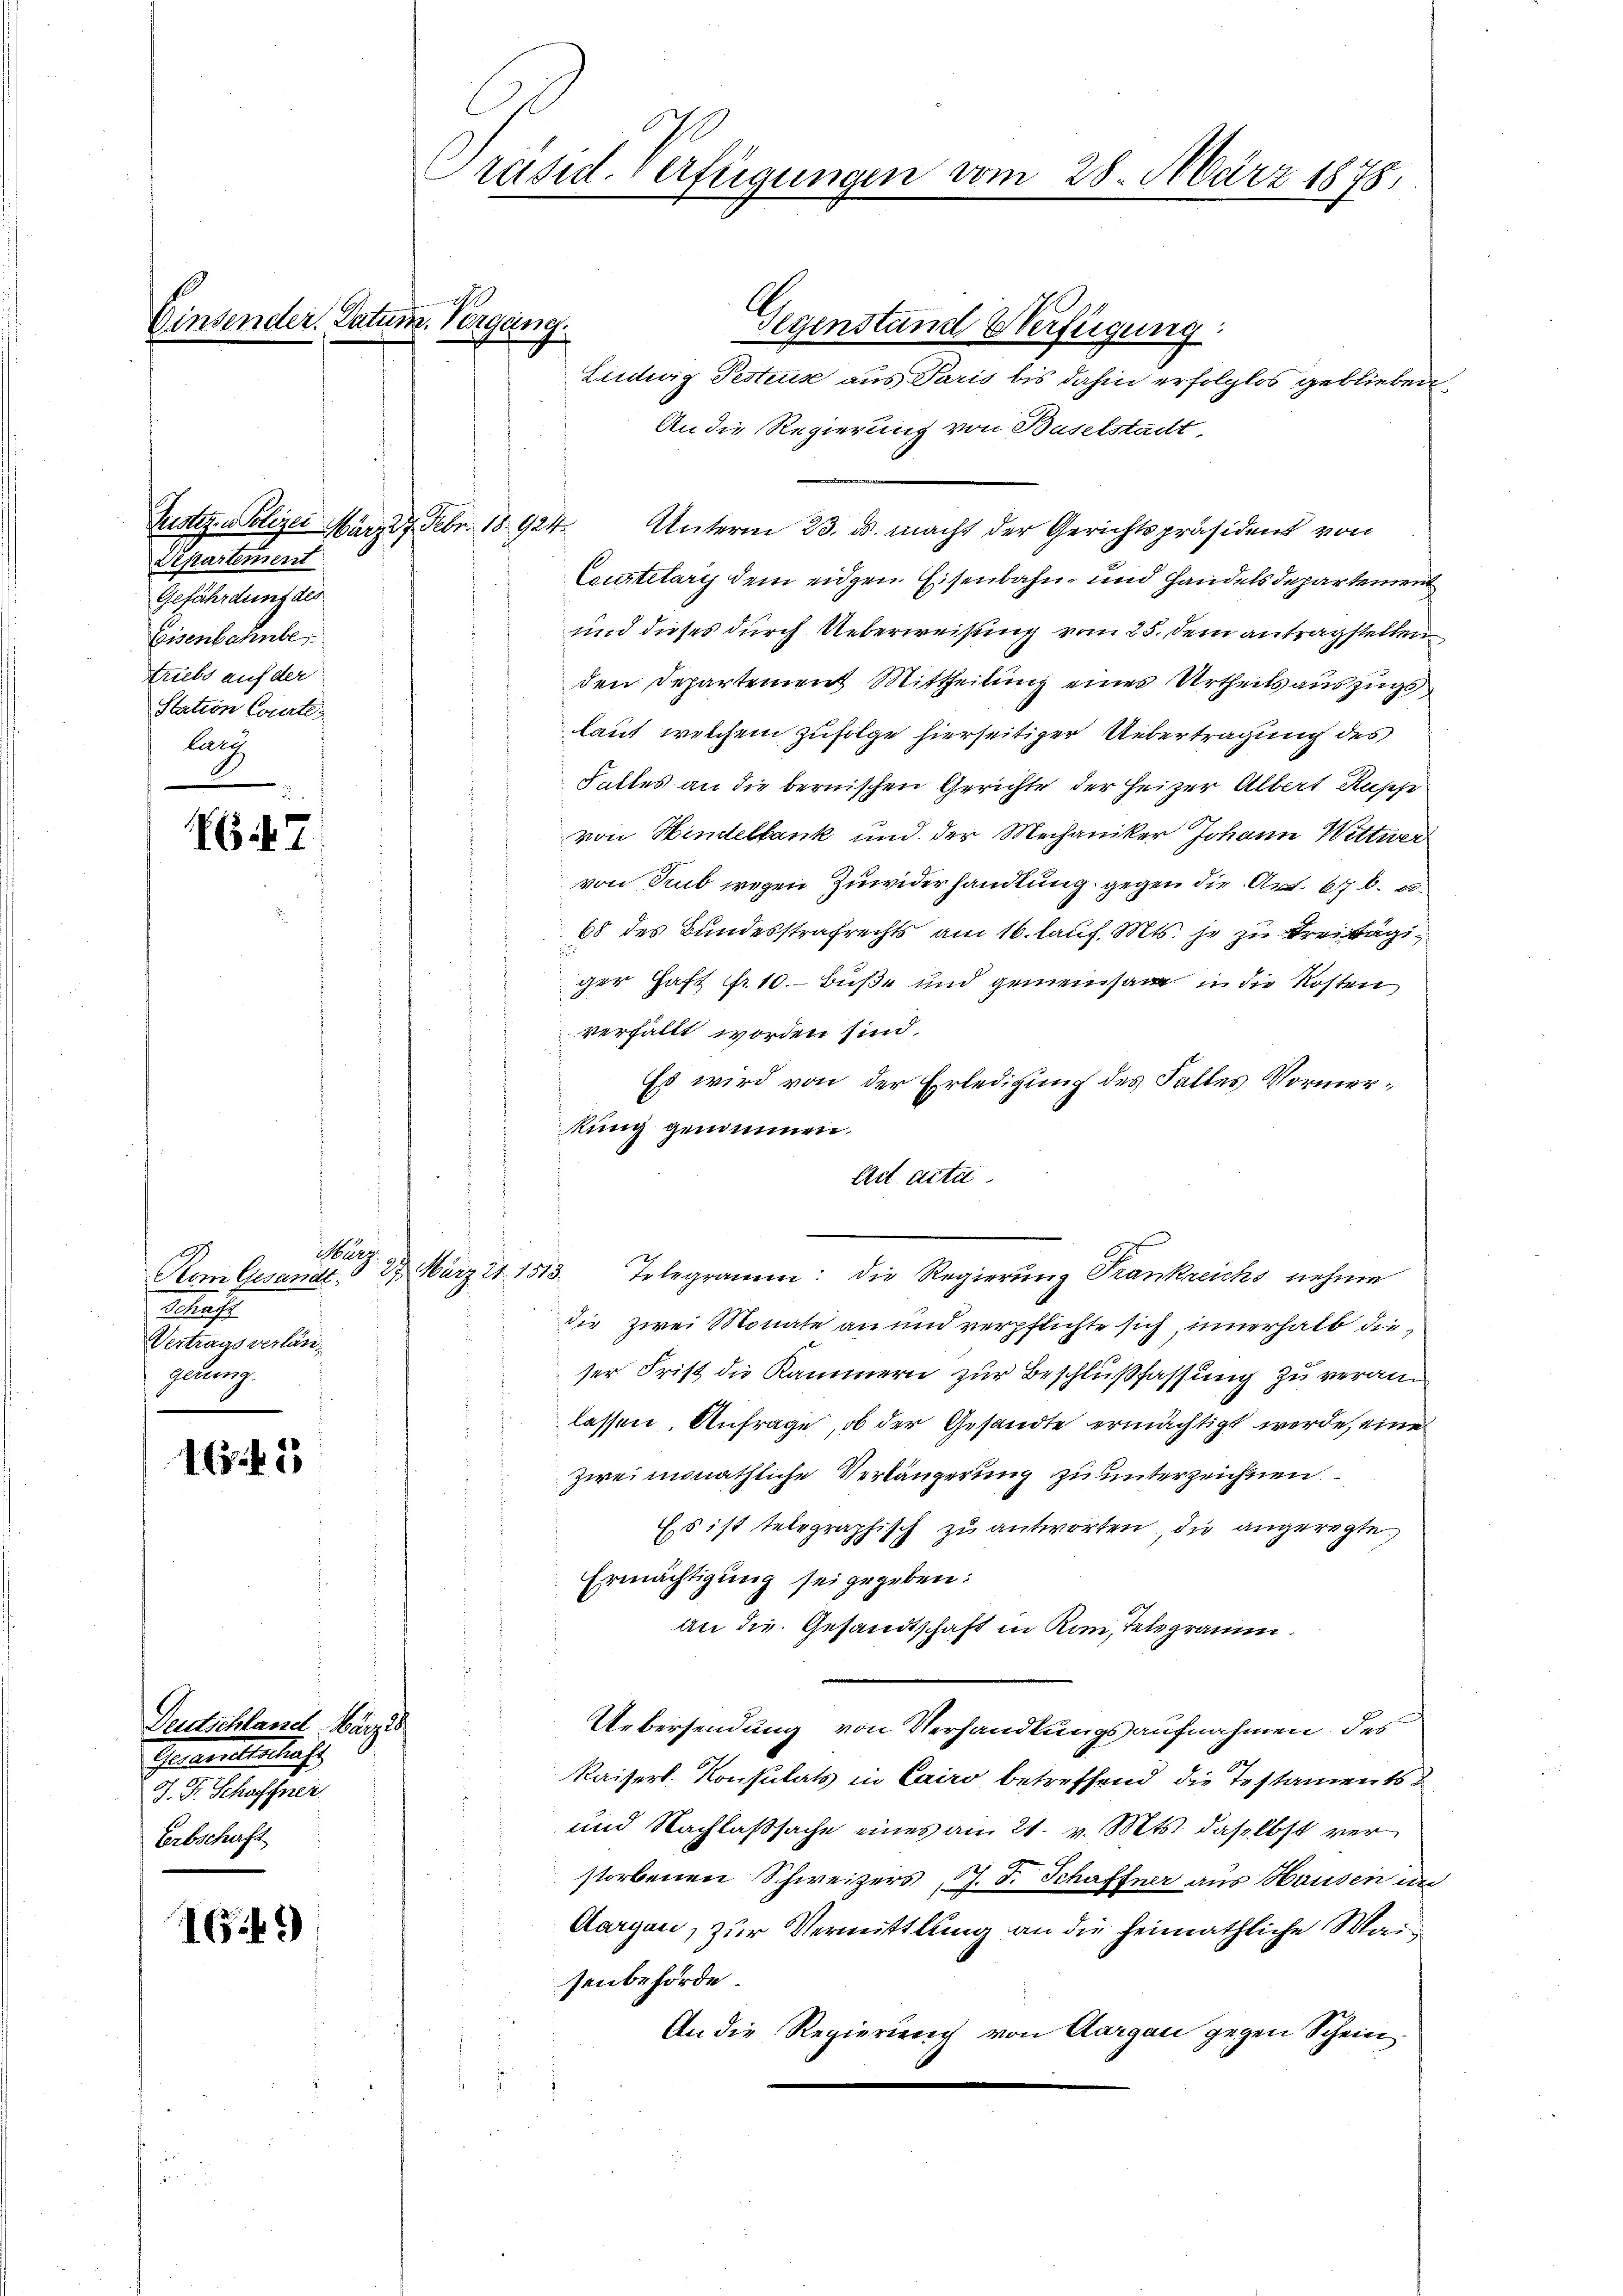
Einsender. Datum. Vergang.

Justiz - Polizei März 17. Febr. 18. 924.
Departement
Gefährdung des
Eisenbahnbe
triebs auf der
Station Courtei
lang

647

Ma
Kom Gesandt.
Schaft
Vertrags verlängerung.

165

Deutschland Wärzis
Gerade selbertrift
J. F. Schaffner
Erbschaft

G.49)

Präsid. Verfügungen vom

Liedwig Testius aus Paris bis dahin erfolglos geblieben,
An die Regierung von Baselstadt,
Unterm 23. ds. macht der Gerichtspräsident von
Ceustelary dem eidgen. Eisenbahn- und Handelsdepartement
und dieses durch Ueberweisung vom 25. dem antragstellen
den Departement Mittheilung eines Urtheils auszugs
laut welchem zufolge hierseitiger Uebertragung des
Faltes an die bernischen Gerichte der Heizer Albert Ruppe
von Hindelbank und der Mechaniker Johann Wittwer
 von Trub wegen Zuwiderhandlung gegen die Art. 67 b. u.
68 des Bundesstrafrechts am 16. Laus. Mts. je zu Freitägi
ger Haft fr. 10.- Buße und gemeinsam in die Kosten
verfällt worden sind.
Es wird von der Erledigung des Falles Vormerkung genommen.
Act acta
2. März 21. 1513. Telegramm: die Regierŭng Frankreichs nehme
die zwei Monate an und verpflichte sich innerhalb die
ser Frist die Kammern zur Beschlußfassung zu veranlassen. Anfrage, ob der Gesandte ermächtigt werde, eine
zwei monathliche Verlängerung zu unterzeichnen
Es ist telegraphisch zu antworten die angeregte.
Ermächtigung sei gegeben:
An die Gesandtschaft in Komm, Telegramm.
Uebersendung von Verhandlungsaufnahmen des
Kaisers. Konsulats in Cairo betreffend die Testaments
und Nachlaßsache eines am 21. v. Mts. daselbst ver¬

storbenen Schweizers J. F. Schaffner aus Hausen un
Aargau, zur Vermittlung an die heimathliche Waisenbehörde.
An die Regierung von Aargau gegen Schein
1

1

Gegenstand Verfügung:

28. März 1878